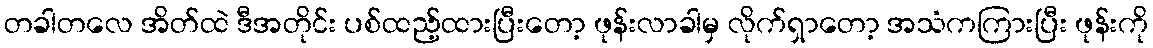
တခါတလေ အိတ်ထဲ ဒီအတိုင်း ပစ်ထည့်ထားပြီးတော့ ဖုန်းလာခါမှ လိုက်ရှာတော့ အသံကကြားပြီး ဖုန်းကို